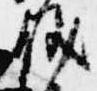
儀